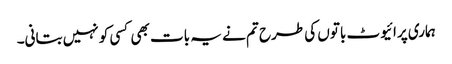
ہماری پرائیوٹ باتوں کی طرح تم نے یہ بات بھی کسی کو نہیں بتانی۔